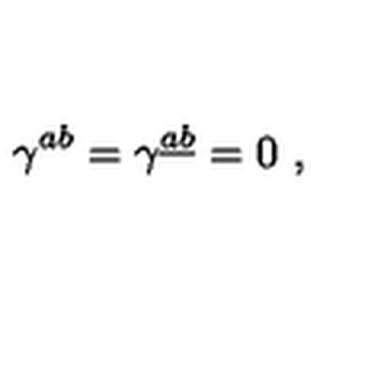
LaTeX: \gamma ^ { a b } = \gamma ^ { \underline { a } \underline { b } } = 0 \ ,